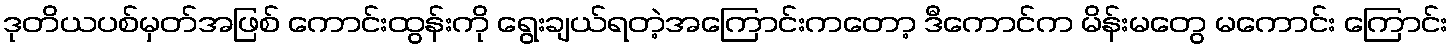
ဒုတိယပစ်မှတ်အဖြစ် ကောင်းထွန်းကို ရွေးချယ်ရတဲ့အကြောင်းကတော့ ဒီကောင်က မိန်းမတွေ မကောင်း ကြောင်း